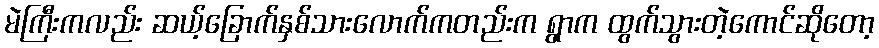
မဲကြီးကလည်း ဆယ့်ခြောက်နှစ်သားလောက်ကတည်းက ရွာက ထွက်သွားတဲ့ကောင်ဆိုတော့